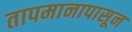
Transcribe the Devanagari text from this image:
तापमानापासून